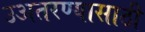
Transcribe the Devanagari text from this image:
उअतरण्यासाठी